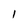
Character: 1